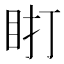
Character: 𰥗